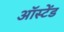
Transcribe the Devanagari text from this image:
ऑस्टेंड